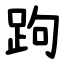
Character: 跔